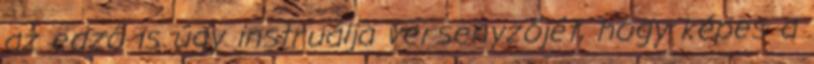
az edző is úgy instruálja versenyzőjét, hogy képes a